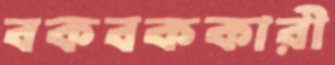
বকবককারী